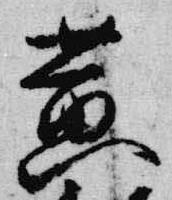
黄